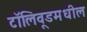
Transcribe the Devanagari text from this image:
टॉलिवूडमधील